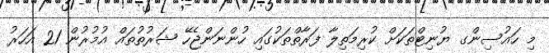
މި ހައުސިންގ ޔުނިޓްތަކަށް ކުރިމަތިލާ ފަރާތްތަކުގައި ހުންނަންޖެހޭ ޝަރުތުތައް އުމުރުން 21 އަހަރު